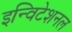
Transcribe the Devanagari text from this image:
इन्विटेशनल